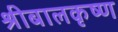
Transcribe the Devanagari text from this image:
श्रीबालकृष्ण